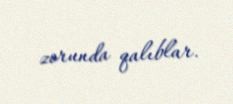
zorunda qalıblar.